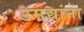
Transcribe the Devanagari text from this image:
उमद्यांना